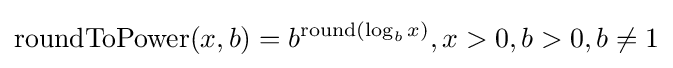
\mathrm {roundToPower} (x,b)=b^{\mathrm {round} (\log _{b}x)},x>0,b>0,b\neq 1